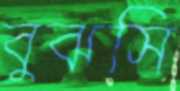
বুঝসি